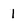
Character: 1